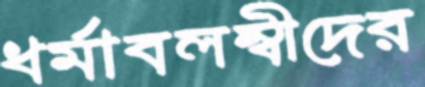
ধর্মাবলম্বীদের